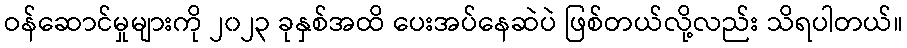
ဝန်ဆောင်မှုများကို ၂၀၂၃ ခုနှစ်အထိ ပေးအပ်နေဆဲပဲ ဖြစ်တယ်လို့လည်း သိရပါတယ်။